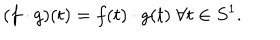
( f \cdot g ) ( t ) = f ( t ) \cdot g ( t ) \; \forall t \in S ^ { 1 } .